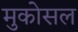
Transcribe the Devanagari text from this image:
मुकोसल